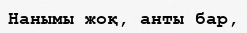
Нанымы жоқ, анты бар,